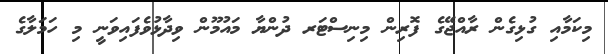
މިކަމާއި ގުޅިގެން ރާއްޖޭގެ ފޮރިން މިނިސްޓަރ ދުންޔާ މައުމޫން ވިދާޅުވެފައިވަނީ މި ހަމަލާގެ